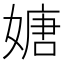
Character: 㜍